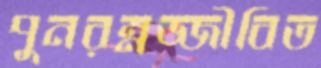
পুনরম্নজ্জীবিত